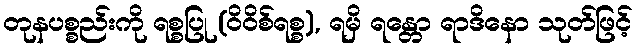
တုနပစ္စည်းကို ရစ္စပြု (ဝိဝိစ်ရစ္စ), ရမှိ ရန္တော ရာဒိနော သုတ်ဖြင့်